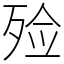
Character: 殓